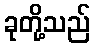
ခုတို့သည်